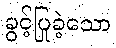
ခွင့်ပြုခဲ့သော